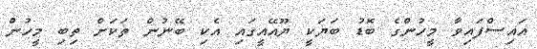
އައިސްފައިވާ މީހުންގެ ބޮޑު ބަޔަކީ ޔޫއޭއީގައި އެކި ބޭނުން ތަކަށް ތިބި މީހުން